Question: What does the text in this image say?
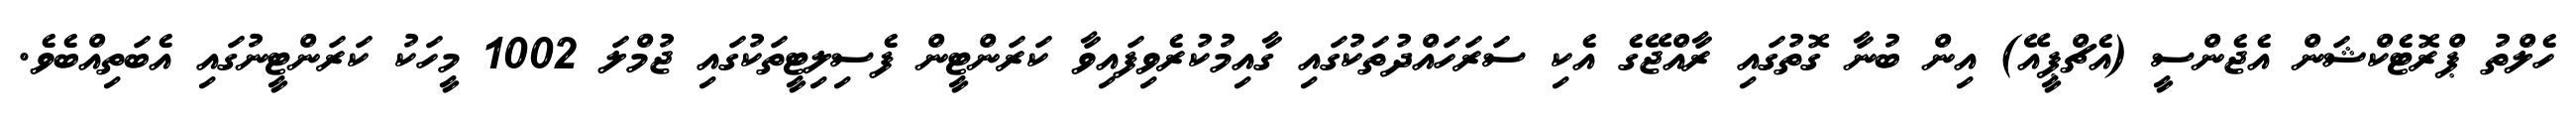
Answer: ހެލްތު ޕްރޮޓެކްޝަން އެޖެންސީ (އެޗްޕީއޭ) އިން ބުނާ ގޮތުގައި ރާއްޖޭގެ އެކި ސަރަހައްދުތަކުގައި ގާއިމުކުރެވިފައިވާ ކަރަންޓީން ފެސިލިޓީތަކުގައި ޖުމްލަ 1002 މީހަކު ކަރަންޓީނުގައި އެބަތިއްބެވެ.